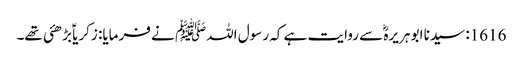
1616: سیدنا ابو ہریرہؓ سے روایت ہے کہ رسول اللہﷺ نے فرمایا: زکریاؑ بڑھئی تھے۔